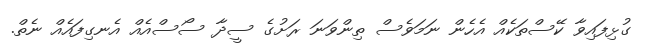
ގުޅިފައިވާ ކޭސްތަކެއް އެހެން ނަމަވެސް ތިންވަނަ ރަށުގެ ސީދާ ސޯސްއެއް އެނގިފައެއް ނެތް.